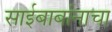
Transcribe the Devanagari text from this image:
साईबाबांनाचा